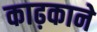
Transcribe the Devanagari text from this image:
काढ़काने